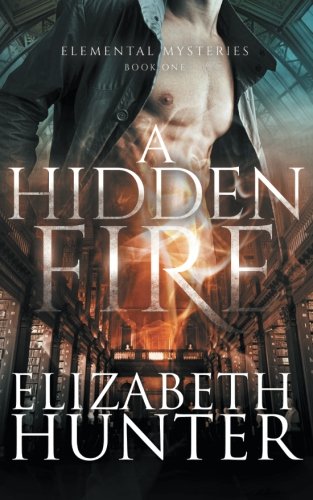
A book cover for A Hidden Fire: Elemental Mysteries Book One; Elizabeth Hunter; Romance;